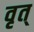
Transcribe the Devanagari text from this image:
वृत्